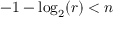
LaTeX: - 1 - \log _ { 2 } ( r ) < n